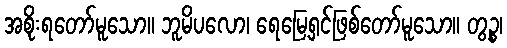
အစိုးရတော်မူသော။ ဘူမိပလော၊ ရေမြေ့ရှင်ဖြစ်တော်မူသော။ တွဉ္စ၊